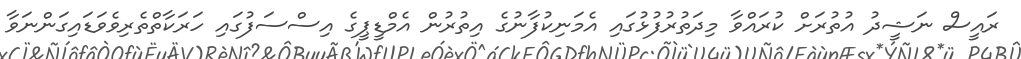
ރައީސް ނަޝީދު އުތުރަށް ކުރައްވާ މިދަތުރުފުޅުގައި އެމަނިކުފާނުގެ އިތުރުން އެމްޑީޕީގެ އިސްސަފުގައި ހަރަކާތްތެރިވެވަޑައިގަންނަވާ